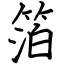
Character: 箔